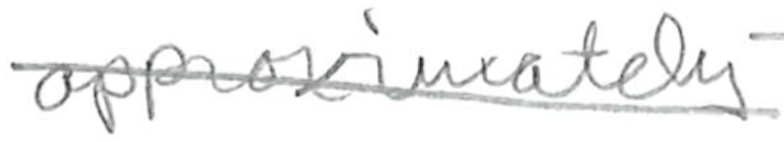
Text: approximately
Cross-out: diagonal
Writing tool: pencil